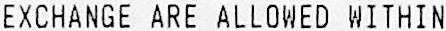
EXCHANGE ARE ALLOWED WITHIN